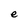
Character: e